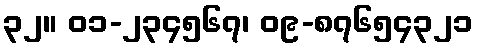
၃၂။ ၀၁-၂၃၄၅၆၇၊ ၀၉-၈၇၆၅၄၃၂၁